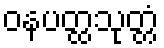
ဝနပတ္ထသုတ္တံ